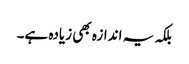
بلکہ یہ اندازہ بھی زیادہ ہے۔